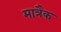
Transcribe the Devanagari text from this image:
मात्रैक